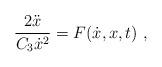
LaTeX: \begin{align*}\frac{2 \ddot{x}}{C_3 \dot{x}^2} = F (\dot{x},x,t)\ ,\end{align*}